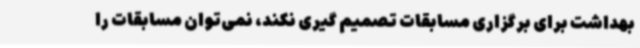
بهداشت برای برگزاری مسابقات تصمیم گیری نکند، نمی‌توان مسابقات را